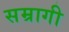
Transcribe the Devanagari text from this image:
सम्रागी